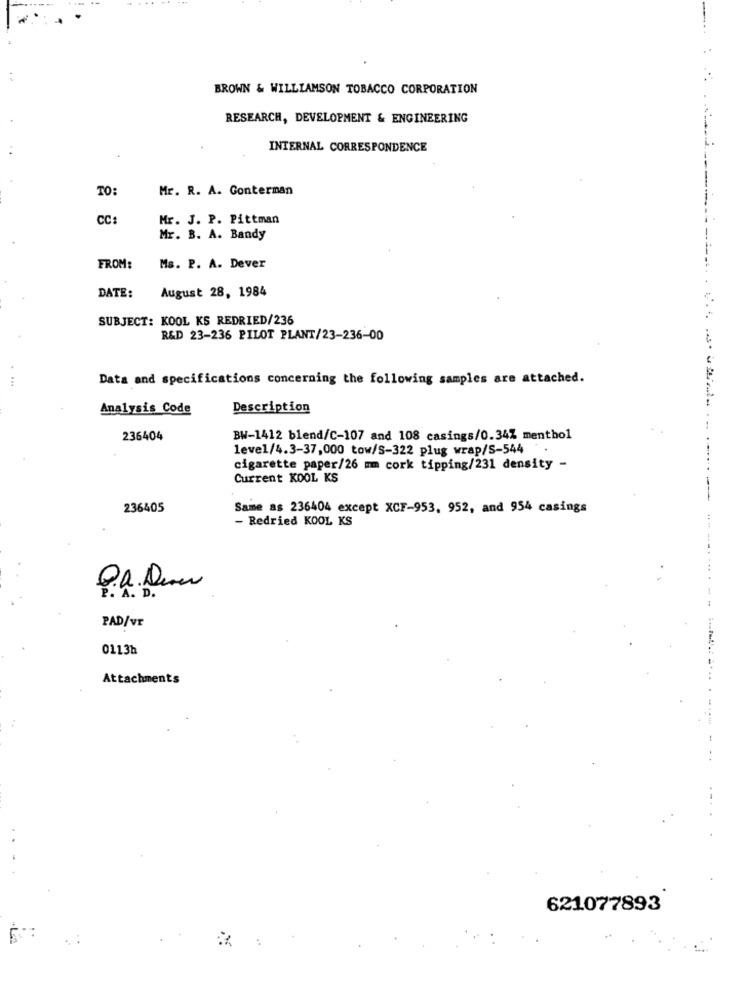
BROWN & WILLIAMSON TOBACCO CORPORATION
RESEARCH, DEVELOPMENT & ENGINEERING
INTERNAL CORRESPONDENCE
TO:
Mr. R. A. Gonterman
CC:
Mr. J. P. Pittman
Mr. B. A. Bandy
FROM:
Ms. P. A. Dever
August 28, 1984
DATE:
SUBJECT: KOOL KS REDRIED/236
R&D 23-236 PILOT PLANT/23-236-00
Data and specifications concerning the following samples are attached.
Analysis Code
Description
236404
BW-1412 blend/C-107 and 108 casings/0.34% menthol
level/4.3-37,000 tow/S-322 plug wrap/S-544.
cigarette paper/26 mm cork tipping/231 density -
Current KOOL KS
236405
Same as 236404 except XCF-953, 952, and 954 casings
- Redried KOOL KS
PAD/vr
0113h
Attachments
-
621077893